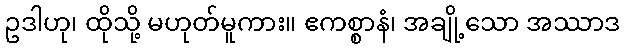
ဥဒါဟု၊ ထိုသို့ မဟုတ်မူကား။ ဧကစ္စာနံ၊ အချို့သော အဿာဒ